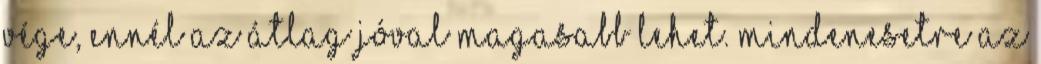
vége, ennél az átlag jóval magasabb lehet. Mindenesetre az